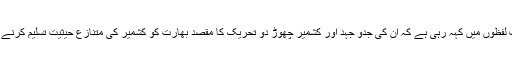
کشمیری قیادت صاف لفظوں میں کہہ رہی ہے کہ ان کی جدو جہد اور کشمیر چھوڑ دو تحریک کا مقصد بھارت کو کشمیر کی متنازع حیثیت تسلیم کرنے پر مجبور کرنا ہے ۔